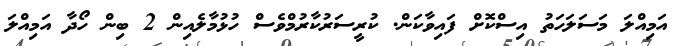
އަމިއްލަ މަސަލަހަތު އިސްކޮށް ފައިވާކަން. ކުރީސަރުކާރުމްވެސް ހުޅުމާލެއިން 2 ބިން ހޯދާ އަމިއްލަ